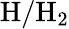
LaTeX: \mathrm{H}/\mathrm{H}_{2}